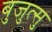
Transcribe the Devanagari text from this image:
बुजुत्सु